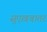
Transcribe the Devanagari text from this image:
सुएख़बातर